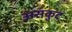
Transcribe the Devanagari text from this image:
असंकुट